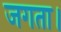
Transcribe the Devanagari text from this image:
जगता।